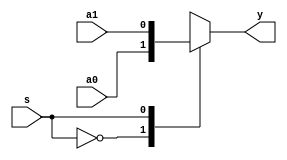
//////////////////////////////////////////////////////////////////////////////////
// Module Name: 2to1 Multiplexer - Case 
// Description: 
// Revision:
// 09.05.2020 -> Revision 0.01 - Created
//////////////////////////////////////////////////////////////////////////////////

`timescale 1ns / 1ps

module mux2to1_case(input a0,
                    input a1,
                    input s,
                    output y );
                    
    reg r_y;
    
    always @ (s or a0 or a1) begin
        case(s)
            1'b0 : r_y = a0;
            1'b1 : r_y = a1;
        endcase
        
        // Alternative design
//        case(s)
//            1'b0    : r_y = a0;
//            default : r_y = a1;
//        endcase
    end
        
    assign y = r_y;
endmodule